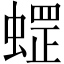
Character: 𱿽